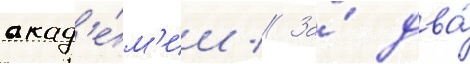
акад'е́м'ии // За́ два́